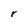
Character: r